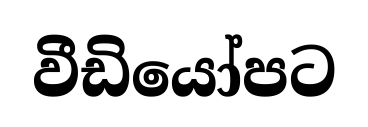
වීඩියෝපට